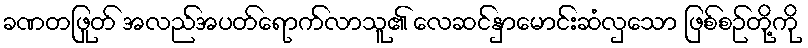
ခဏတဖြုတ် အလည်အပတ်ရောက်လာသူ၏ လေဆင်နှာမောင်းဆံလှသော ဖြစ်စဉ်တို့ကို